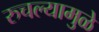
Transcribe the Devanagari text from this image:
रुचल्यामुळे